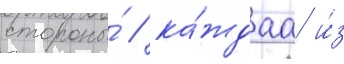
стороны́ / ка́ждаа и́з